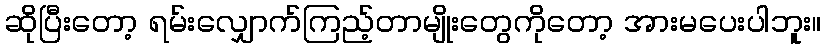
ဆိုပြီးတော့ ရမ်းလျှောက်ကြည့်တာမျိုးတွေကိုတော့ အားမပေးပါဘူး။